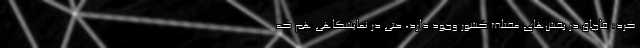
کرد: قاچاق در بخش‌های مختلف کشور وجود دارد، ‌حتی در نمایشگاهی هم که